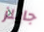
جايلز